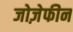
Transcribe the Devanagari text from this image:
जोज़ेफीन